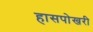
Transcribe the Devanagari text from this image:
हासपोखरी